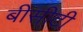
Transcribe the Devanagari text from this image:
बीसीटी